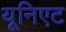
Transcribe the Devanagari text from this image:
यूनिएट